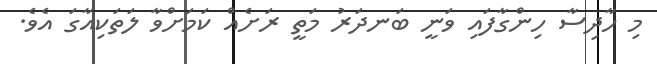
މި ހާދިސާ ހިންގާފައި ވަނީ ބަނދަރު މަތީ ރަށެއް ކަމަށްވާ ލަތަކިއާގަ އެވެ.